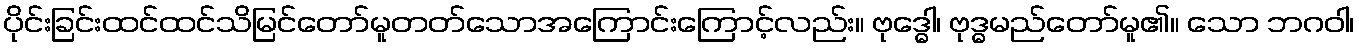
ပိုင်းခြင်းထင်ထင်သိမြင်တော်မူတတ်သောအကြောင်းကြောင့်လည်း။ ဗုဒ္ဓေါ၊ ဗုဒ္ဓမည်တော်မူ၏။ သော ဘဂဝါ၊